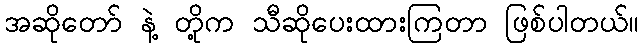
အဆိုတော် နဲ့ တို့က သီဆိုပေးထားကြတာ ဖြစ်ပါတယ်။